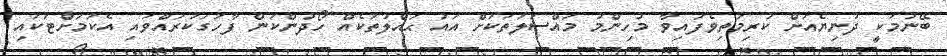
ބޭނުމަކީ ދުނިޔެއަށް ކުރިމަތިވެފައިވާ މުހިންމު މައްސަލަތަކަށް އައު ޙައްލުތަކެއް ހޯދުންކަން ފާހަގަކުރައްވައި އެކަމަށްޓަކައި